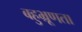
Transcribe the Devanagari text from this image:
बहुभ्रूणता